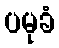
ပမုခံ